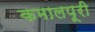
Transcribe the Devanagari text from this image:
कमालपूरी